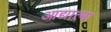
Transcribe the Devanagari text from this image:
आद्यात्मा